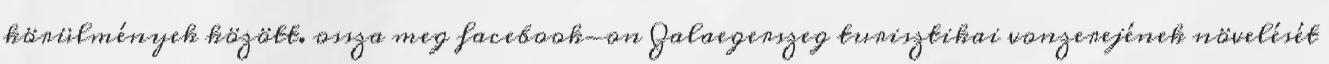
körülmények között. ossza meg facebook-on Zalaegerszeg turisztikai vonzerejének növelését